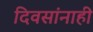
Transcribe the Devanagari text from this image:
दिवसांनाही